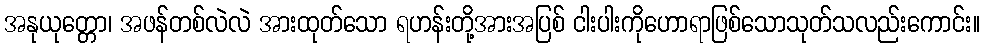
အနုယုတ္တော၊ အဖန်တစ်လဲလဲ အားထုတ်သော ရဟန်းတို့အားအပြစ် ငါးပါးကိုဟောရာဖြစ်သောသုတ်သလည်းကောင်း။